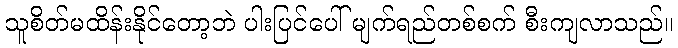
သူစိတ်မထိန်းနိုင်တော့ဘဲ ပါးပြင်ပေါ် မျက်ရည်တစ်စက် စီးကျလာသည်။